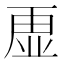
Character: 𮓡